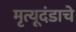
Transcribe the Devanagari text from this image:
मृत्यूदंडाचे